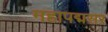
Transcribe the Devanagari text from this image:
महापद्मसर